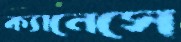
ক্যানেসে